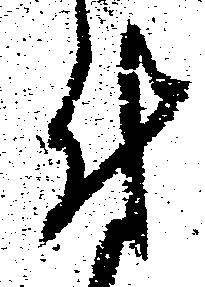
付